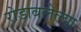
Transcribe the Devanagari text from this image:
रोडावलेल्या